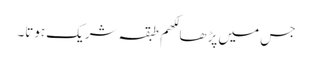
جس میں پڑھا لکھم طبقہ شریک ہوتا۔